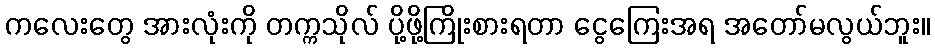
ကလေးတွေ အားလုံးကို တက္ကသိုလ် ပို့ဖို့ကြိုးစားရတာ ငွေကြေးအရ အတော်မလွယ်ဘူး။